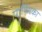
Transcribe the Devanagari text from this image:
पार्ष्णिका